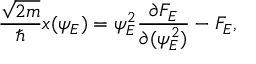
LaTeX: { \frac { \sqrt { 2 m } } { \hbar } } x ( \psi _ { E } ) = { \psi _ { E } ^ { 2 } } { \frac { \partial { \cal F } _ { E } } { \partial ( \psi _ { E } ^ { 2 } ) } } - { \cal F } _ { E } ,